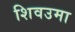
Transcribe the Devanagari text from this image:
शिवउमा